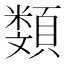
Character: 𩔬